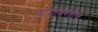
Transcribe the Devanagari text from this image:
दोघांवरतीच